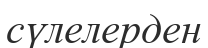
сүлелерден